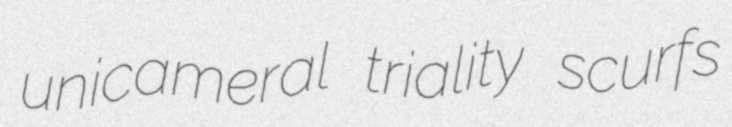
unicameral triality scurfs